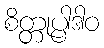
စိတ္တုပ္ပါဒါဝ